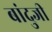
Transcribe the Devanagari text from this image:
बांदुजी